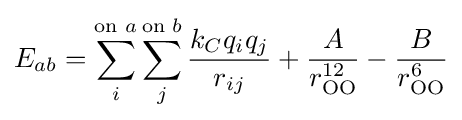
E_{ab}=\sum _{i}^{{\text{on }}a}\sum _{j}^{{\text{on }}b}{\frac {k_{C}q_{i}q_{j}}{r_{ij}}}+{\frac {A}{r_{\text{OO}}^{12}}}-{\frac {B}{r_{\text{OO}}^{6}}}